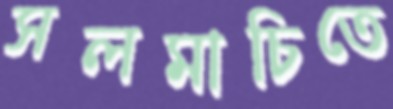
সলমাচিতে